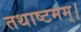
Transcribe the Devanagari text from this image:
तथाष्टमम्।